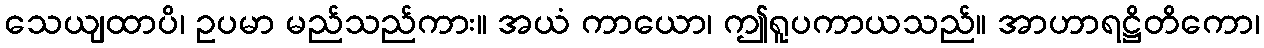
သေယျထာပိ၊ ဥပမာ မည်သည်ကား။ အယံ ကာယော၊ ဤရူပကာယသည်။ အာဟာရဋ္ဌိတိကော၊